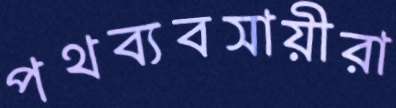
পথব্যবসায়ীরা